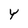
Character: Y